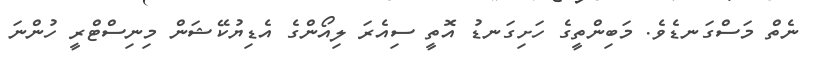
ނެތް މަސްގަނޑެވެ. މަބިންތީގެ ހަށިގަނޑު އޮތީ ސިއެރަ ލިއޯންގެ އެޑިޔުކޭޝަން މިނިސްޓްރީ ހުންނަ